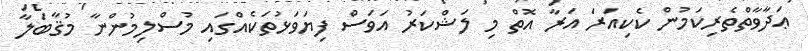
ޢަދާވާތްތެރިކަމުން ކެކިއަރަ އަރާ އޮތް މި ލަޝްކަރު އަވަސް ފިޔަވަޅުތަކެއްގައި މުސްލިމުންނާ މުޤާބަލާ